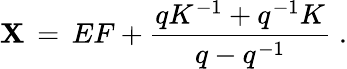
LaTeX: \mathbf{X}\, =\, EF+\frac{{qK^{-1}+q^{-1}K}}{{q-q^{-1}}}\; .